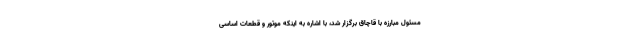
مسئول مبارزه با قاچاق برگزار شد، با اشاره به اینکه موتور و قطعات اساسی